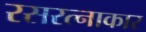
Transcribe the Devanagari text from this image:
रसरत्नाकार